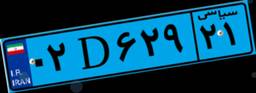
۶۳D۴۴۰۶۹